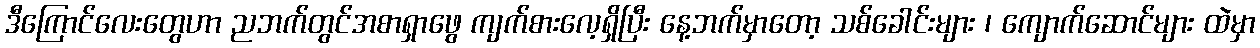
ဒီကြောင်လေးတွေဟာ ညဘက်တွင်အစာရှာဖွေ ကျက်စားလေ့ရှိပြီး နေ့ဘက်မှာတော့ သစ်ခေါင်းများ ၊ ကျောက်ဆောင်များ ထဲမှာ